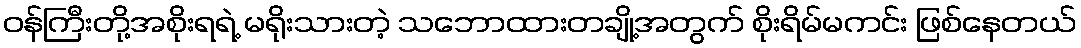
ဝန်ကြီးတို့အစိုးရရဲ့ မရိုးသားတဲ့ သဘောထားတချို့အတွက် စိုးရိမ်မကင်း ဖြစ်နေတယ်